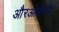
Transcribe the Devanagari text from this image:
औरओडेसी।